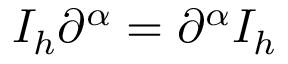
I _ { h } \partial ^ { \alpha } = \partial ^ { \alpha } I _ { h }